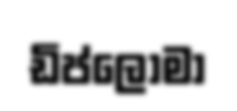
ඩිප්ලෝමා